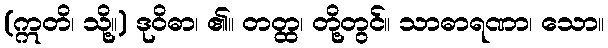
(ဣတိ၊ သို့။) ဒုဝိဓာ၊ ၏။ တတ္ထ၊ တို့တွင်။ သာဓာရဏာ၊ သော။